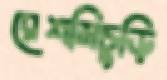
রেশমিচুড়ি